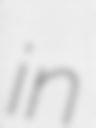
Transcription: in